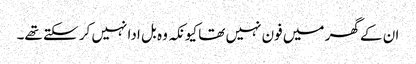
ان کے گھر میں فون نہیں تھا کیونکہ وہ بل ادا نہیں کر سکتے تھے۔